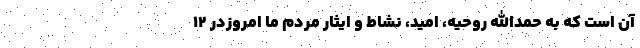
آن است که به حمدالله روحیه، امید، نشاط و ایثار مردم ما امروزدر ۱۲